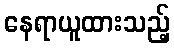
နေရာယူထားသည့်